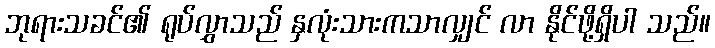
ဘုရားသခင်၏ ရုပ်လွှာသည် နှလုံးသားကသာလျှင် လာ နိုင်ဖို့ရှိပါ သည်။